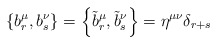
\begin{align*}\left\{ b_r ^\mu ,b_s ^\nu\right\} = \left\{ \tilde{b}_r ^\mu ,\tilde{b}_s ^\nu\right\} = \eta^{\mu\nu}\delta_{r+s}\end{align*}